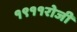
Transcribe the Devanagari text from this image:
१९११रोजी